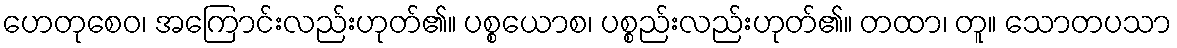
ဟေတုစေဝ၊ အကြောင်းလည်းဟုတ်၏။ ပစ္စယောစ၊ ပစ္စည်းလည်းဟုတ်၏။ တထာ၊ တူ။ သောတပသာ